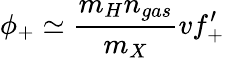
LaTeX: \phi_{+}\simeq\frac{m_{H}n_{gas}}{m_{X}}vf_{+}^{\prime}